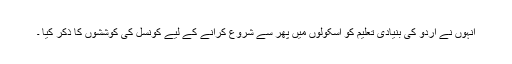
انہوں نے اردو کی بنیادی تعلیم کو اسکولوں میں پھر سے شروع کرانے کے لیے کونسل کی کوششوں کا ذکر کیا ۔